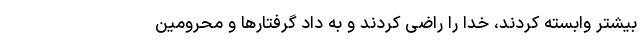
بیشتر وابسته کردند، خدا را راضی کردند و به داد گرفتارها و محرومین